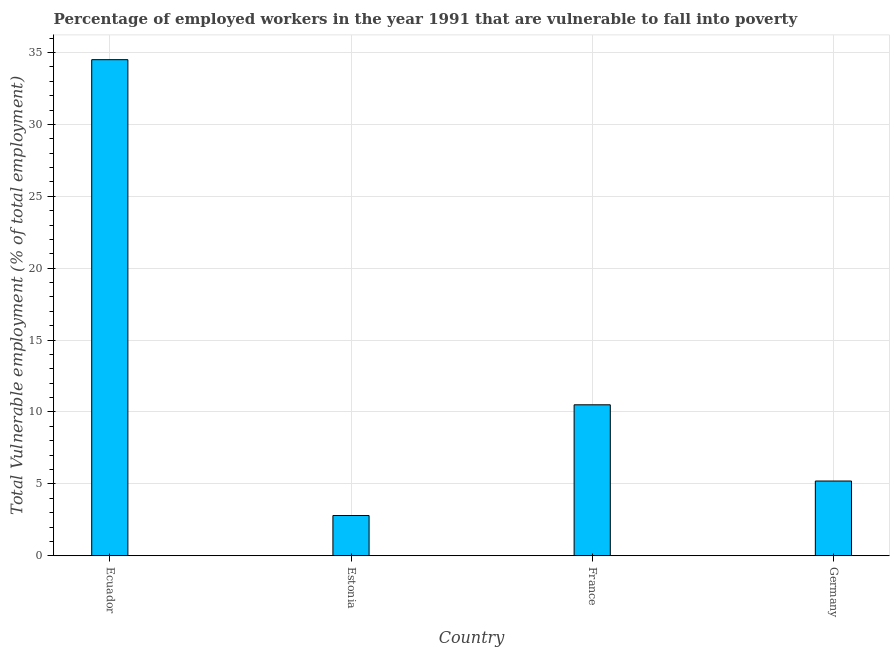
| Country | Vulnerable employment |
 | --- | --- |
 | Ecuador | 34.5 |
 | Estonia | 2.8 |
 | France | 10.5 |
 | Germany | 5.2 |